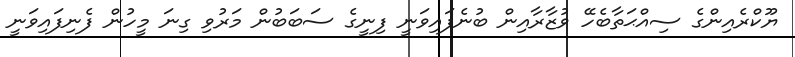
ޔޫކްރެއިންގެ ސިއްޙަތާބެހޭ ވުޒާރާއިން ބުނެފައިވަނީ ފިނީގެ ސަބަބުން މަރުވި ގިނަ މީހުން ފެނިފައިވަނީ